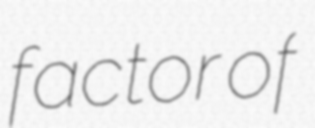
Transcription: factor of